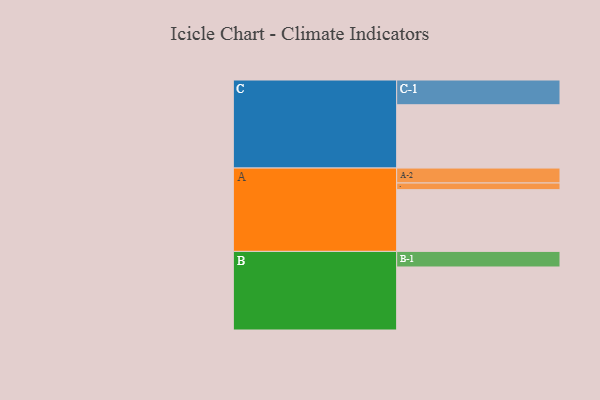
{"axis": {"x": "Segment", "y": "Value"}, "legend": ["", "A", "B", "C"], "data": [{"x": "A", "y": 471, "type": ""}, {"x": "B", "y": 481, "type": ""}, {"x": "C", "y": 483, "type": ""}, {"x": "A-1", "y": 51, "type": "A"}, {"x": "A-2", "y": 114, "type": "A"}, {"x": "B-1", "y": 119, "type": "B"}, {"x": "C-1", "y": 189, "type": "C"}]}